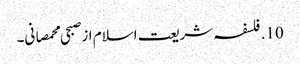
10. فلسفہ شریعت اسلام از صبحی محمصانی۔